Theory and practice of anti-rabic immunisation - Number 30
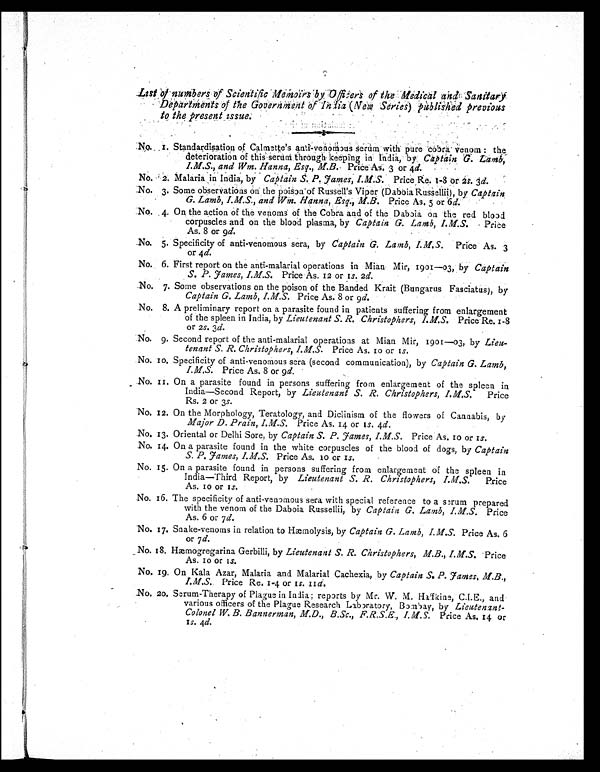
List of numbers of Scientific Memoirs by Officers of the Medical and Sanitar
y Departments of the Government of India (New Series) published previous
to the present issue:
N o . 1 . S t a n d a r d i s a t i o n o f C a l m e t t e ' s a n t i - v e n o m o u s s e r u m w i t h p u r e c o b r a v e n o m : t h e
deterioration of this serum through keeping in India, by C a p t a i n G . L a m b ,
I.M.S., and Wm. Hanna, Esq., M.B.,P r i c e A s . 3 o r 4
d .
No. 2. Malaria in India, by Captain S. P. James, I.M.S. Price Re. 1-8 or 2s. 3d .
No. 3. Some observations on the poison of Russell's Viper (Daboia Russellii), by Captain
G. Lamb, I.M.S., and Wm. Hanna, Esq., M.B. Price As. 5 or 6 d.
No. 4. On the action of the venoms of the Cobra and of the Daboia on the red blood
corpuscles and on the blood plasma, by Captain G. Lamb, I.M.S. Price
As. 8 or 9d.
No. 5. Specificity of anti-venomous sera, by Captain G. Lamb, I.M.S. Price As. 3
or 4d.
No. 6. First report on the anti-malarial operations in Mian Mir, 1901—03, by Captain
S. P. James, I.M.S. Price As. 12 or 1s. 2d.
No. 7. Some observations on the poison of the Banded Krait (Bungarus Fasciatus), by
Captain G. Lamb, I.M.S. Price As. 8 or 9 d.
No. 8. A preliminary report on a parasite found in patients suffering from enlargement
of the spleen in India, by Lieutenant S. R. Christophers, I.M.S. Price Re. 1-8
or 2s. 3d.
No. 9. Second report of the anti-malarial operations at Mian Mir, 1901—03, by Lieu-
tenant S. R. Christophers, I.M.S. Price As. 10 or 1s.
No. 10. Specificity of anti-venomous sera (second communication), by Captain G. Lamb,
I.M.S. Price As. 8 or 9d.
No. 11. On a parasite found in persons suffering from enlargement of the spleen in
India—Second Report, by Lieutenant S. R. Christophers, I.M.S. Price
Rs. 2 or 3s.
No. 12. On the Morphology, Teratology, and Diclinism of the flowers of Cannabis, by
Major D. Prain, I.M.S. Price As. 14 or 1s. 4d.
No. 13. Oriental or Delhi Sore, by Captain S. P. James, I.M.S. Price As. 10 or 1s.
No. 14. On a parasite found in the white corpuscles of the blood of dogs, by Captain
S. P. James, I.M.S. Price As. 10 or 1s.
No. 15. On a parasite found in persons suffering from enlargement of the spleen in
India—Third Report, by Lieutenant S. R. Christophers, I.M.S. Price
As. 10 or 1s .
N o . 1 6 . T h e s p e c i f i c i t y o f a n t i - v e n o m o u s s e r a w i t h s p e c i a l r e f e r e n c e t o a s e r u m p r e p a r e d
with the venom of the Daboia Russellii, by Captain G. Lamb, I.M.S. Price
As. 6 or 7 d.
No. 17. Snake-venoms in relation to Hæmolysis, by Captain G. Lamb, I.M.S. Price As. 6
or 7d.
No. 18. Hæmogregarina Gerbilli, by Lieutenant S. R. Christophers, M.B., I.M.S. Price
As. 10 or 1s.
No. 19. On Kala Azar, Malaria and Malarial Cachexia, by Captain S. P. James, M.B.,
I.M.S. Price Re. 1-4 or 1s. 11d.
No. 20. Serum-Therapy of Plague in India; reports by Mr. W. M. Haffkina, C.I.E., and
various officers of the Plague Research Laboratory, Bombay, by Lieutenant
-Colonel W. B. Bannerman, M.D., B.Sc., F.R.S.E., I.M.S. Price As. 14 or
1
s. 4d.